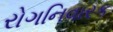
રોગનિવારક